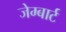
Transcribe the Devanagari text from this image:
जेम्बार्ट